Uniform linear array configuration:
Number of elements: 16
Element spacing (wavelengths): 0.5
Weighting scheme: hann
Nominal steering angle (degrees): -30
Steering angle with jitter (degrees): -29.349
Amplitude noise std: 0.05
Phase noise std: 0.05

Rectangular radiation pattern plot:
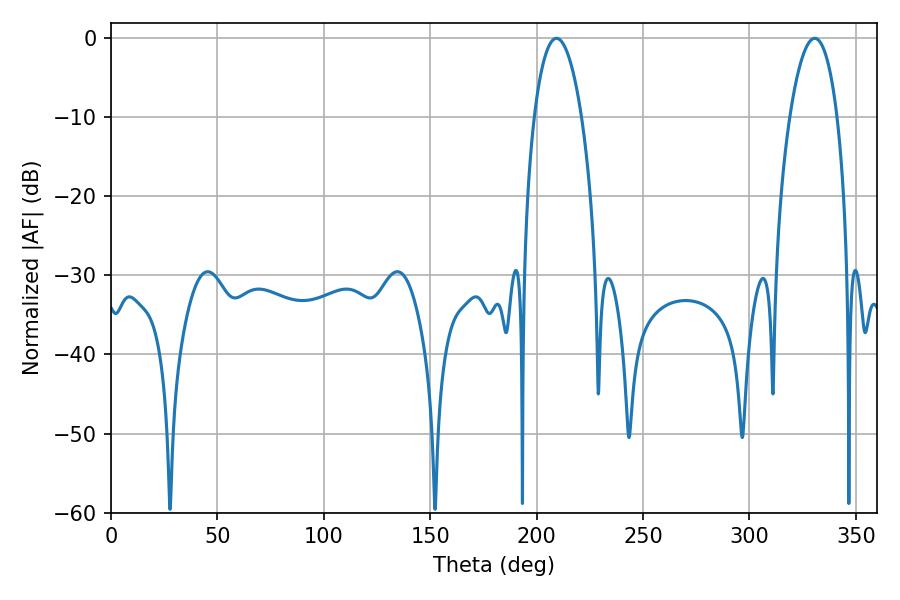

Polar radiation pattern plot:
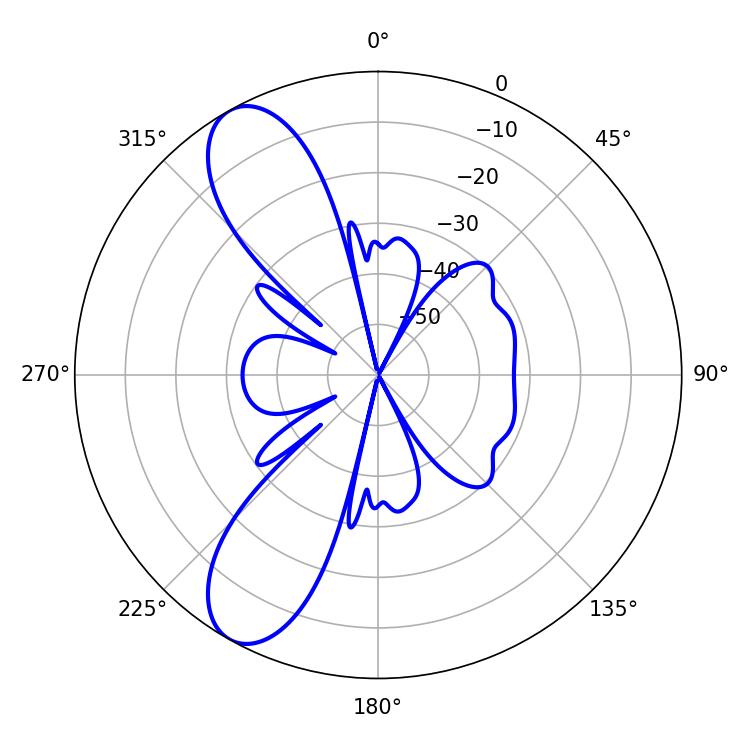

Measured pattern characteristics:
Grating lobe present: FALSE
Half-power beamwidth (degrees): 12.6
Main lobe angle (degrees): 209.34